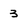
Character: 3